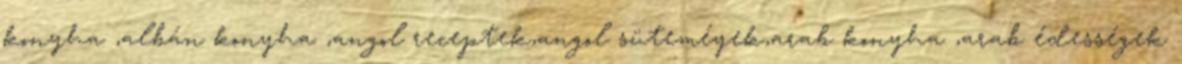
konyha ,albán konyha ,angol receptek,angol süteméyek,arab konyha ,arab édességek